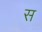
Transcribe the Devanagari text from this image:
स